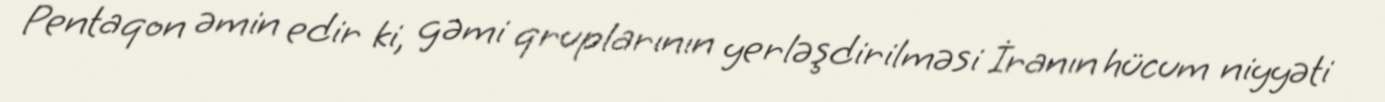
Pentaqon əmin edir ki, gəmi qruplarının yerləşdirilməsi İranın hücum niyyəti